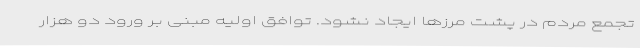
تجمع مردم در پشت مرزها ایجاد نشود. توافق اولیه مبنی بر ورود دو هزار